Annual report on the lock hospitals of the Madras Presidency
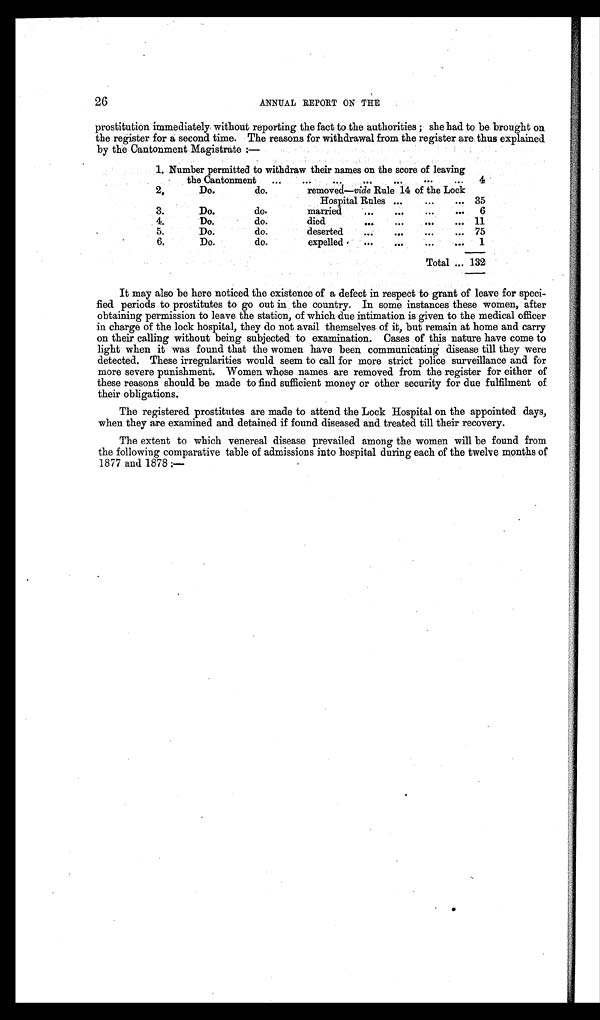
26
ANNUAL REPORT ON THE
prostitution immediately without reporting the fact to the authorities; she had to be brought on
the register for a second time. The reasons for withdrawal from the register are thus explained
by the Cantonment Magistrate:—
1. Number permitted to withdraw their names on the score of leaving
the Cantonment
...
4
2.
Do.
do.
removed—vide Rule 14 of the Lock
Hospital Rules ...
...
... 35
3.
Do.
do.
married
...
...
...
...
6
4.
Do.
do.
died
... ...
...
11
5.
Do.
do.
deserted
...
...
...
... 75
6.
Do.
do.
expelled
...
...
...
1
Total ... 132
It may also be here noticed the existence of a defect in respect to grant of leave for speci-
fied periods to prostitutes to go out in the country. In some instances these women, after
obtaining permission to leave the station, of which due intimation is given to the medical officer
in charge of the lock hospital, they do not avail themselves of it, but remain at home and carry
on their calling without being subjected to examination. Cases of this nature have come to
light when it was found that the women have been communicating disease till they were
detected. These irregularities would seem to call for more strict police surveillance and for
more severe punishment. Women whose names are removed from the register for either of
these reasons should be made to find sufficient money or other security for due fulfilment of
their obligations.
The registered prostitutes are made to attend the Lock Hospital on the appointed days,
when they are examined and detained if found diseased and treated till their recovery.
The extent to which venereal disease prevailed among the women will be found from
the following comparative table of admissions into hospital during each of the twelve months of
1877 and 1878:—